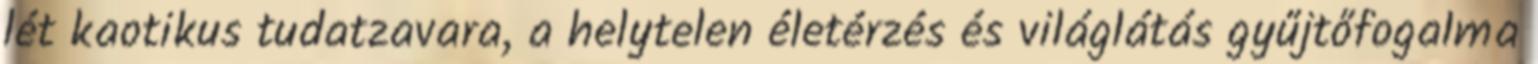
lét kaotikus tudatzavara, a helytelen életérzés és világlátás gyűjtőfogalma